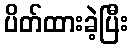
ပိတ်ထားခဲ့ပြီး